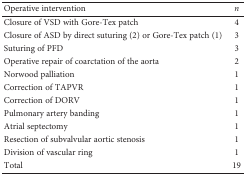
<table><thead><tr><td><b>Operative intervention</b></td><td><b><i>n</i></b></td></tr></thead><tbody><tr><td>Closure of VSD with Gore-Tex patch</td><td>4</td></tr><tr><td>Closure of ASD by direct suturing (2) or Gore-Tex patch (1)</td><td>3</td></tr><tr><td>Suturing of PFD</td><td>3</td></tr><tr><td>Operative repair of coarctation of the aorta</td><td>2</td></tr><tr><td>Norwood palliation</td><td>1</td></tr><tr><td>Correction of TAPVR</td><td>1</td></tr><tr><td>Correction of DORV</td><td>1</td></tr><tr><td>Pulmonary artery banding</td><td>1</td></tr><tr><td>Atrial septectomy</td><td>1</td></tr><tr><td>Resection of subvalvular aortic stenosis</td><td>1</td></tr><tr><td>Division of vascular ring</td><td>1</td></tr><tr><td>Total</td><td>19</td></tr></tbody></table>